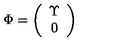
\Phi = \left( \begin{array} { c } { \Upsilon } \\ { 0 } \\ \end{array} \right)